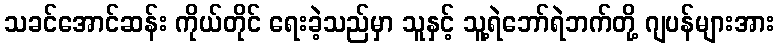
သခင်အောင်ဆန်း ကိုယ်တိုင် ရေးခဲ့သည်မှာ သူနှင့် သူ့ရဲဘော်ရဲဘက်တို့ ဂျပန်များအား